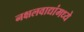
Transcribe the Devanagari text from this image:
नक्षलवाद्यांमध्ये